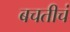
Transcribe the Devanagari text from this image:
बचतीचं